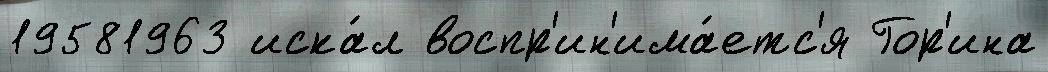
19581963 иска́л воспр'ин'има́етс'я Гор'ина